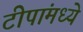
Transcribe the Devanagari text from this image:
टीपांमध्ये